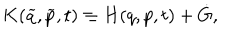
LaTeX: K ( \widetilde { q } , \widetilde { p } , t ) \equiv H ( q , p , t ) + \dot { G } ,